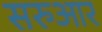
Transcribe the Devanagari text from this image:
सरुआर